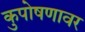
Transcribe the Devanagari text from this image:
कुपोषणावर